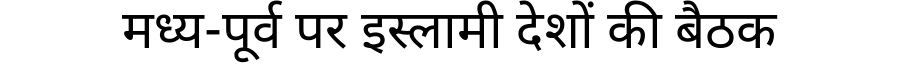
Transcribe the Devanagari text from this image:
मध्य-पूर्व पर इस्लामी देशों की बैठक